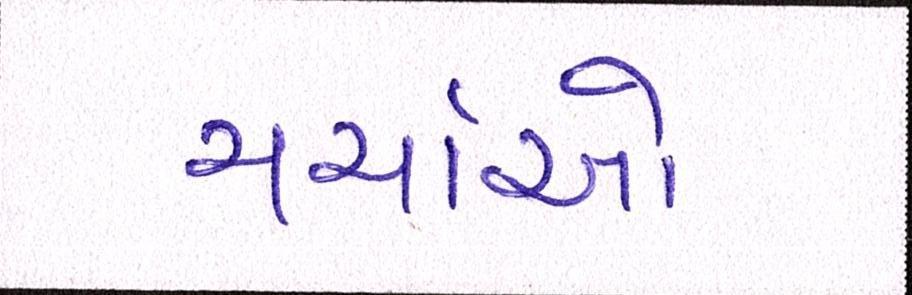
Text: ચર્ચાઓ